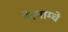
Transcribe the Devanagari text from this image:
नेत्याम्चे